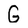
Character: G